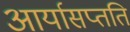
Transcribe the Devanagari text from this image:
आर्यासप्तति